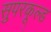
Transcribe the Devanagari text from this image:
सुपरकूल्ड